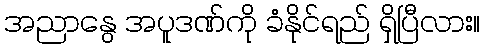
အညာနွေ အပူဒဏ်ကို ခံနိုင်ရည် ရှိပြီလား။